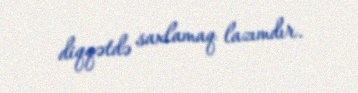
diqqətdə saxlamaq lazımdır.